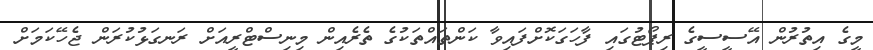
މީގެ އިތުރުން އޭސީސީގެ ރިޕޯޓުގައި ފާހަގަކޮށްފައިވާ ކަންތައްތަކުގެ ތެރެއިން މިނިސްޓްރީއަށް ރަނގަޅުކުރަން ޖެހޭކަމަށް